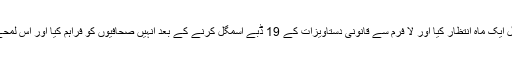
انہوں نے بتایا کہ انہوں نے نیو یارک ٹائمز کے صحافیوں سے رابطہ کرنے سے قبل ایک ماہ انتظار کیا اور لا فرم سے قانونی دستاویزات کے 19 ڈبے اسمگل کرنے کے بعد انہیں صحافیوں کو فراہم کیا اور اس لمحے کو ایسا لمحہ قرار دیا جس میں کئی مہینوں بعد انہیں بے پناہ خوشی محسوس ہوئی۔